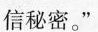
信秘密。”